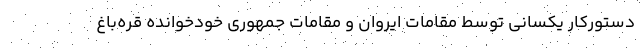
دستورکار یکسانی توسط مقامات ایروان و مقامات جمهوری خودخوانده قره‌باغ